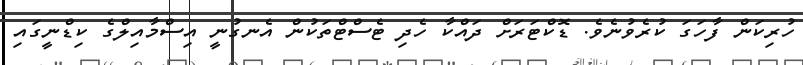
ހުރިކަން ފާހަގަ ކުރެވުނެވެ. ޑޮކްޓަރަށް ދައްކާ ހެދި ޓެސްޓްތަކުން އެނގުނީ އިސްމާއިލްގެ ކިޑްނީގައި